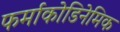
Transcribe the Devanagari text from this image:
फर्माकोडिनेमिक